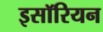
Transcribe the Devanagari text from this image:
इसॉरियन